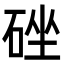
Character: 䂳